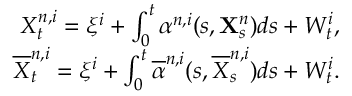
\begin{array} { r } { X _ { t } ^ { n , i } = \xi ^ { i } + \int _ { 0 } ^ { t } \alpha ^ { n , i } ( s , \mathbf { X } _ { s } ^ { n } ) d s + W _ { t } ^ { i } , } \\ { \overline { { X } } _ { t } ^ { n , i } = \xi ^ { i } + \int _ { 0 } ^ { t } \overline { { \alpha } } ^ { n , i } ( s , \overline { { X } } _ { s } ^ { n , i } ) d s + W _ { t } ^ { i } . } \end{array}